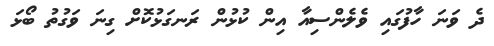
ދެ ވަނަ ހާފުގައި ވެލެންސިއާ އިން ކުޅުން ރަނގަޅުކޮށް ގިނަ ވަގުތު ބޯޅަ